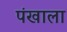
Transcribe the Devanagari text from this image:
पंखाला